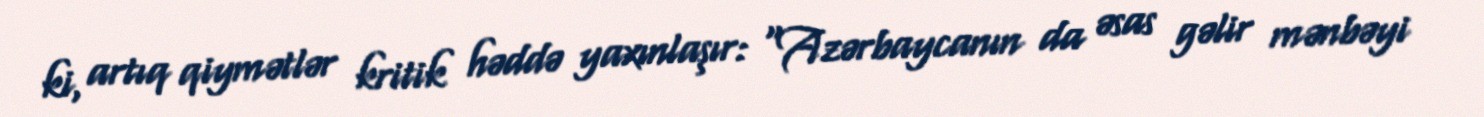
ki, artıq qiymətlər kritik həddə yaxınlaşır: “Azərbaycanın da əsas gəlir mənbəyi